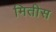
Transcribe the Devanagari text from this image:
मितीस